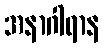
အနာဂါရာန